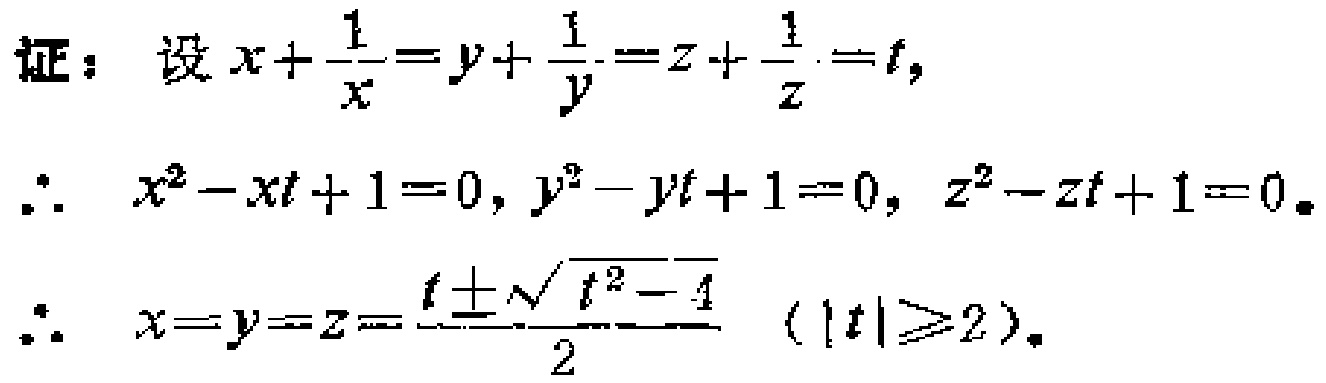
证：设$x+\frac{1}{x}=y+\frac{1}{y}=z+\frac{1}{z}=t,$

$\therefore x^{2}-xt + 1 = 0, y^{2}-yt + 1 = 0, z^{2}-zt + 1 = 0.$

$\therefore x=y=z=\frac{t\pm\sqrt{t^{2}-4}}{2}\ (\vert t\vert\geq2).$